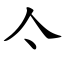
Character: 亽